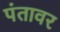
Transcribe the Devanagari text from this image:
पंतावर